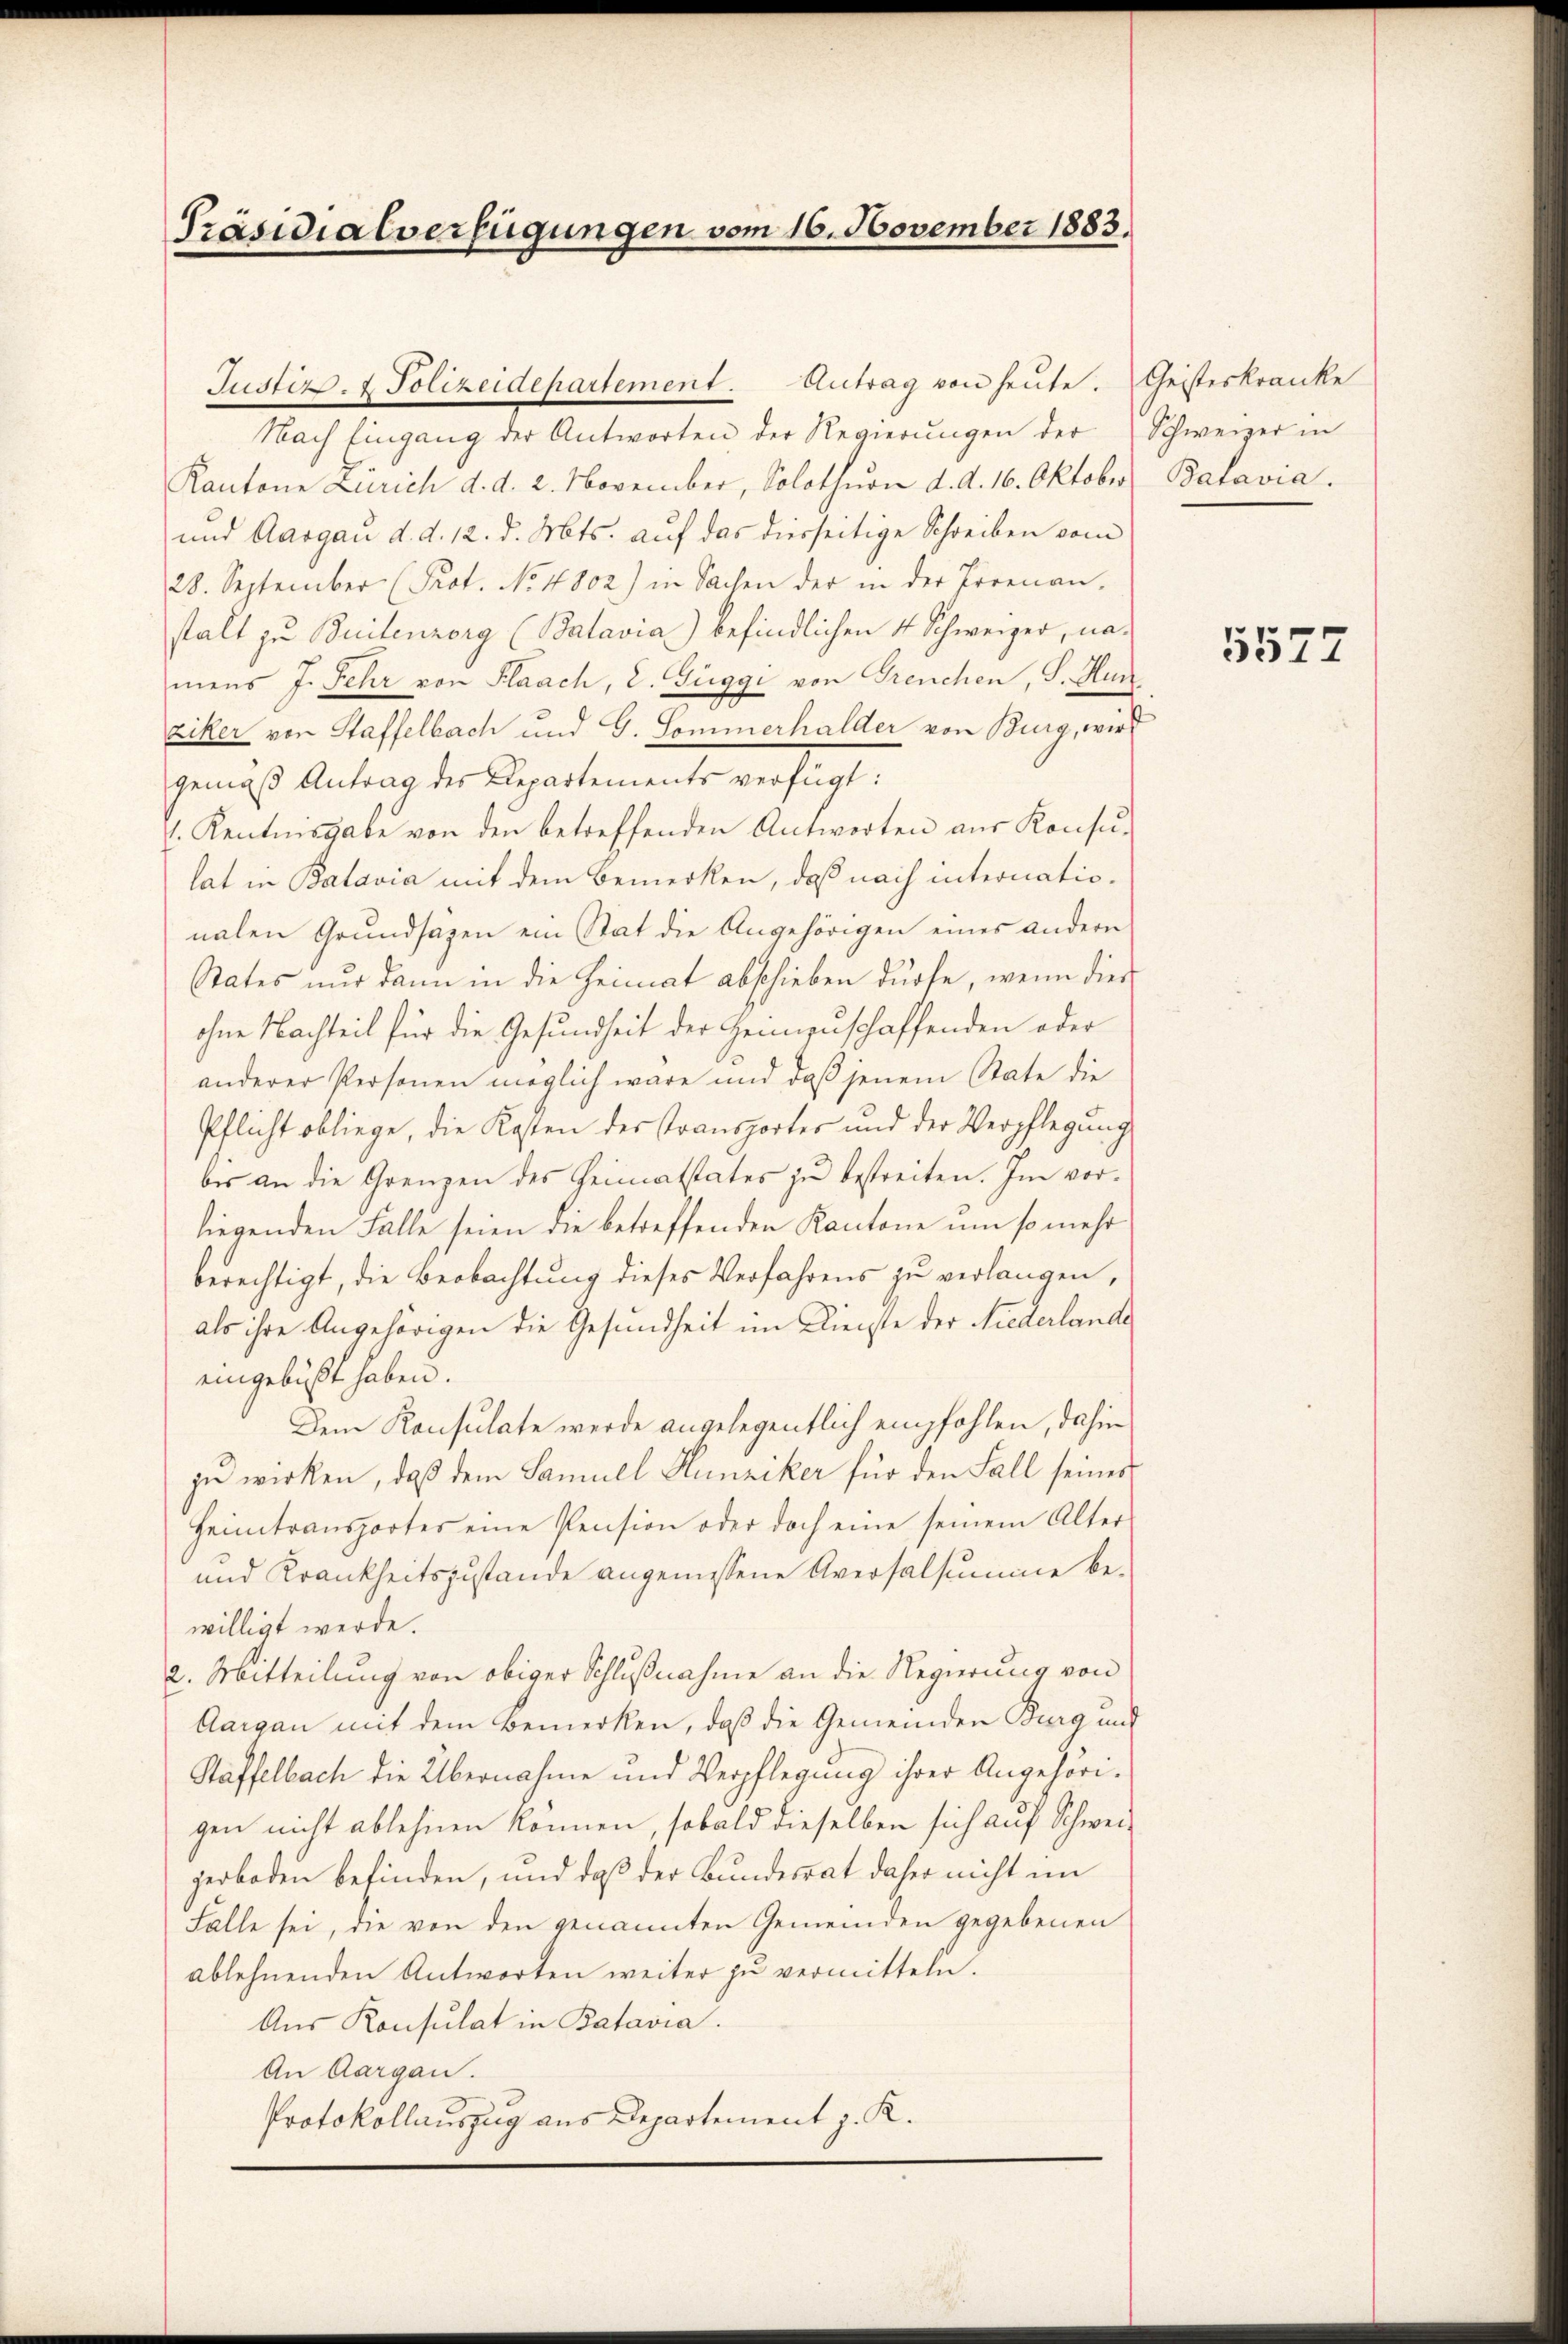
Präsidialverfügungen vom 16. November 1883.

Nach Eingang der Antworten der Regierungen der
Kantone Zürich d. d. 2. November, Solothurn d. d. 16. Oktober Batavia.
und Aargau d. d. 12. d. Mts. auf das diesseitige Schreiben vom
28. September (Prot. No 4802) in Sachen der in der Irrenan-
stalt zu Beilenzorg (Balavia) befindlichen 4 Schweizer, namens J. Fehr von Flaach, L. Guggi von Greuchen, S. Hur
ziker von Staffelbach und G. Sommerhalder von Burg, wird
gemäß Antrag des Departements verfügt:
. Kenntnisgabe von den betreffenden Antworten aus Konsu-
lat in Batavia mit dem Bemerken, daß nach internationalen Grundsäzen ein Stat die Angehörigen eines andern
States nur dann in die Heimat abschieben dürfe, wenn dies
ohne Nachteil für die Gesundheit der Heinzuschaffenden oder
anderer Personen möglich wäre und daß jenem Rate die
Pflicht obliege, die Kosten der Transportes und der Verpflegŭng
bis an die Grenzen des Heimatstates zu bestreiten. Im vorliegenden Falle seien die betreffenden Kantone um so mehr
berechtigt, die Beobachtung dieses Verfahrens zu verlangen,
als ihre Angehörigen die Gesundheit im Dienste der Niederlande
eingebüßt haben.
Dem Konsulate werde angelegentlich empfohlen, dahin
zu wirken, daß dem Samuel Hunziker für den Fall seines
Heimtransportes eine Pension oder doch eine seinem Alter
und Krankheitszustande angemessene Aversalsumme be-
willigt werde.
2. Mitteilung von obiger Schlußnahme an die Regierung von
Aargau mit dem Bemerken, daß die Gemeinden Burg und
Staffelbach die Übernahme und Verpflegung ihrer Angehörigen nicht ablehnen können, sobald dieselben sich auf Schweigerboden befinden, und daß der Bundesrat daher nicht im
Falle sei, die von den genannten Gemeinden gegebenen
ablehnenden Antworten weiter zu vermitteln.
Aus Konsulat in Batavia.
An Aargau.
Protokollauszug aus Departement z. R.

Justiz- & Polizeidepartement. Antrag von heute. Geisteskranke

Schweizer in

5577